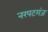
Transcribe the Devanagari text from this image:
नरपटगंज